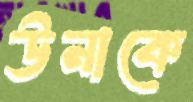
উনাকে